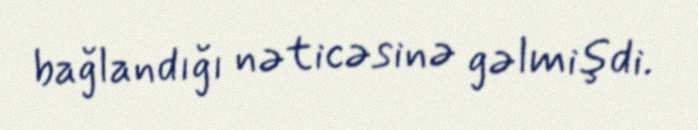
bağlandığı nəticəsinə gəlmişdi.